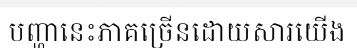
បញ្ហានេះភាគច្រើនដោយសារយើង